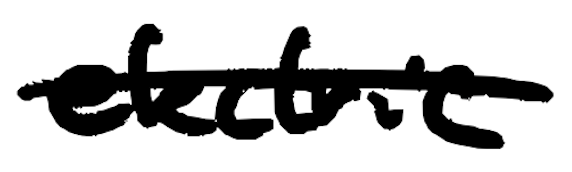
Text: electric
Cross-out: single-line
Writing tool: digital_black